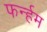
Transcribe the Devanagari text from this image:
फर्न्हम